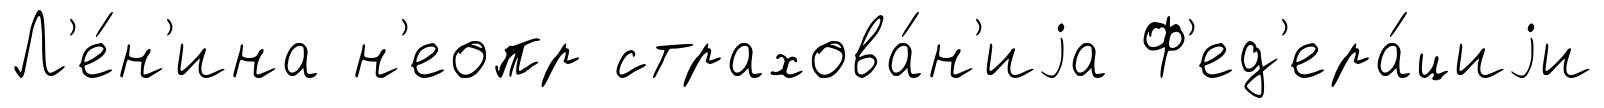
Л'е́н'ина н'еопр страхова́н'иjа Ф'ед'ера́циjи